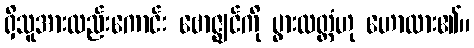
ရှိသူအားလည်းကောင်း ဗောဇ္ဈင်ကို ပွားလတ္တံဟု ဟောထား၏။